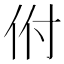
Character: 𬽵